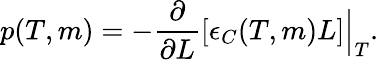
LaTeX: p(T,m)=-\frac{\partial}{\partial L}[\epsilon_{C}(T,m)L]\Big|_{T}.